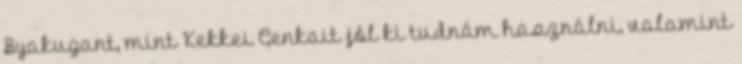
Byakugant, mint Kekkei Genkait jól ki tudnám használni, valamint